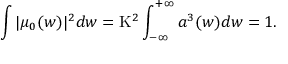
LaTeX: \int | \mu _ { 0 } ( w ) | ^ { 2 } d w = \mathrm { K } ^ { 2 } \int _ { - \infty } ^ { + \infty } a ^ { 3 } ( w ) d w = 1 .